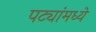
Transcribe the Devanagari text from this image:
पट्यांमध्ये